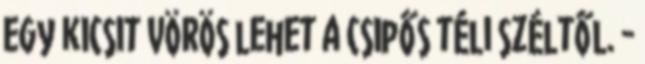
egy kicsit vörös lehet a csipős téli széltől. -